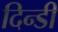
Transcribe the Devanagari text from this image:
दिन्डी